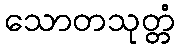
သောတသုတ္တံ